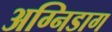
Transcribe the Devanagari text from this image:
अग्निडाग